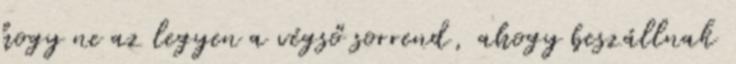
hogy ne az legyen a végső sorrend, ahogy beszállnak